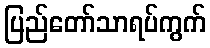
ပြည်တော်သာရပ်ကွက်